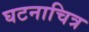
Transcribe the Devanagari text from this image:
घटनाचित्र